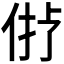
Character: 𠉝